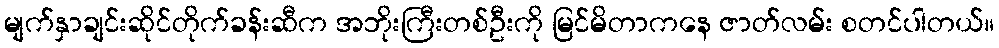
မျက်နှာချင်းဆိုင်တိုက်ခန်းဆီက အဘိုးကြီးတစ်ဦးကို မြင်မိတာကနေ ဇာတ်လမ်း စတင်ပါတယ်။